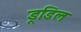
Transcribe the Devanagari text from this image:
डूडिल